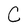
Character: C